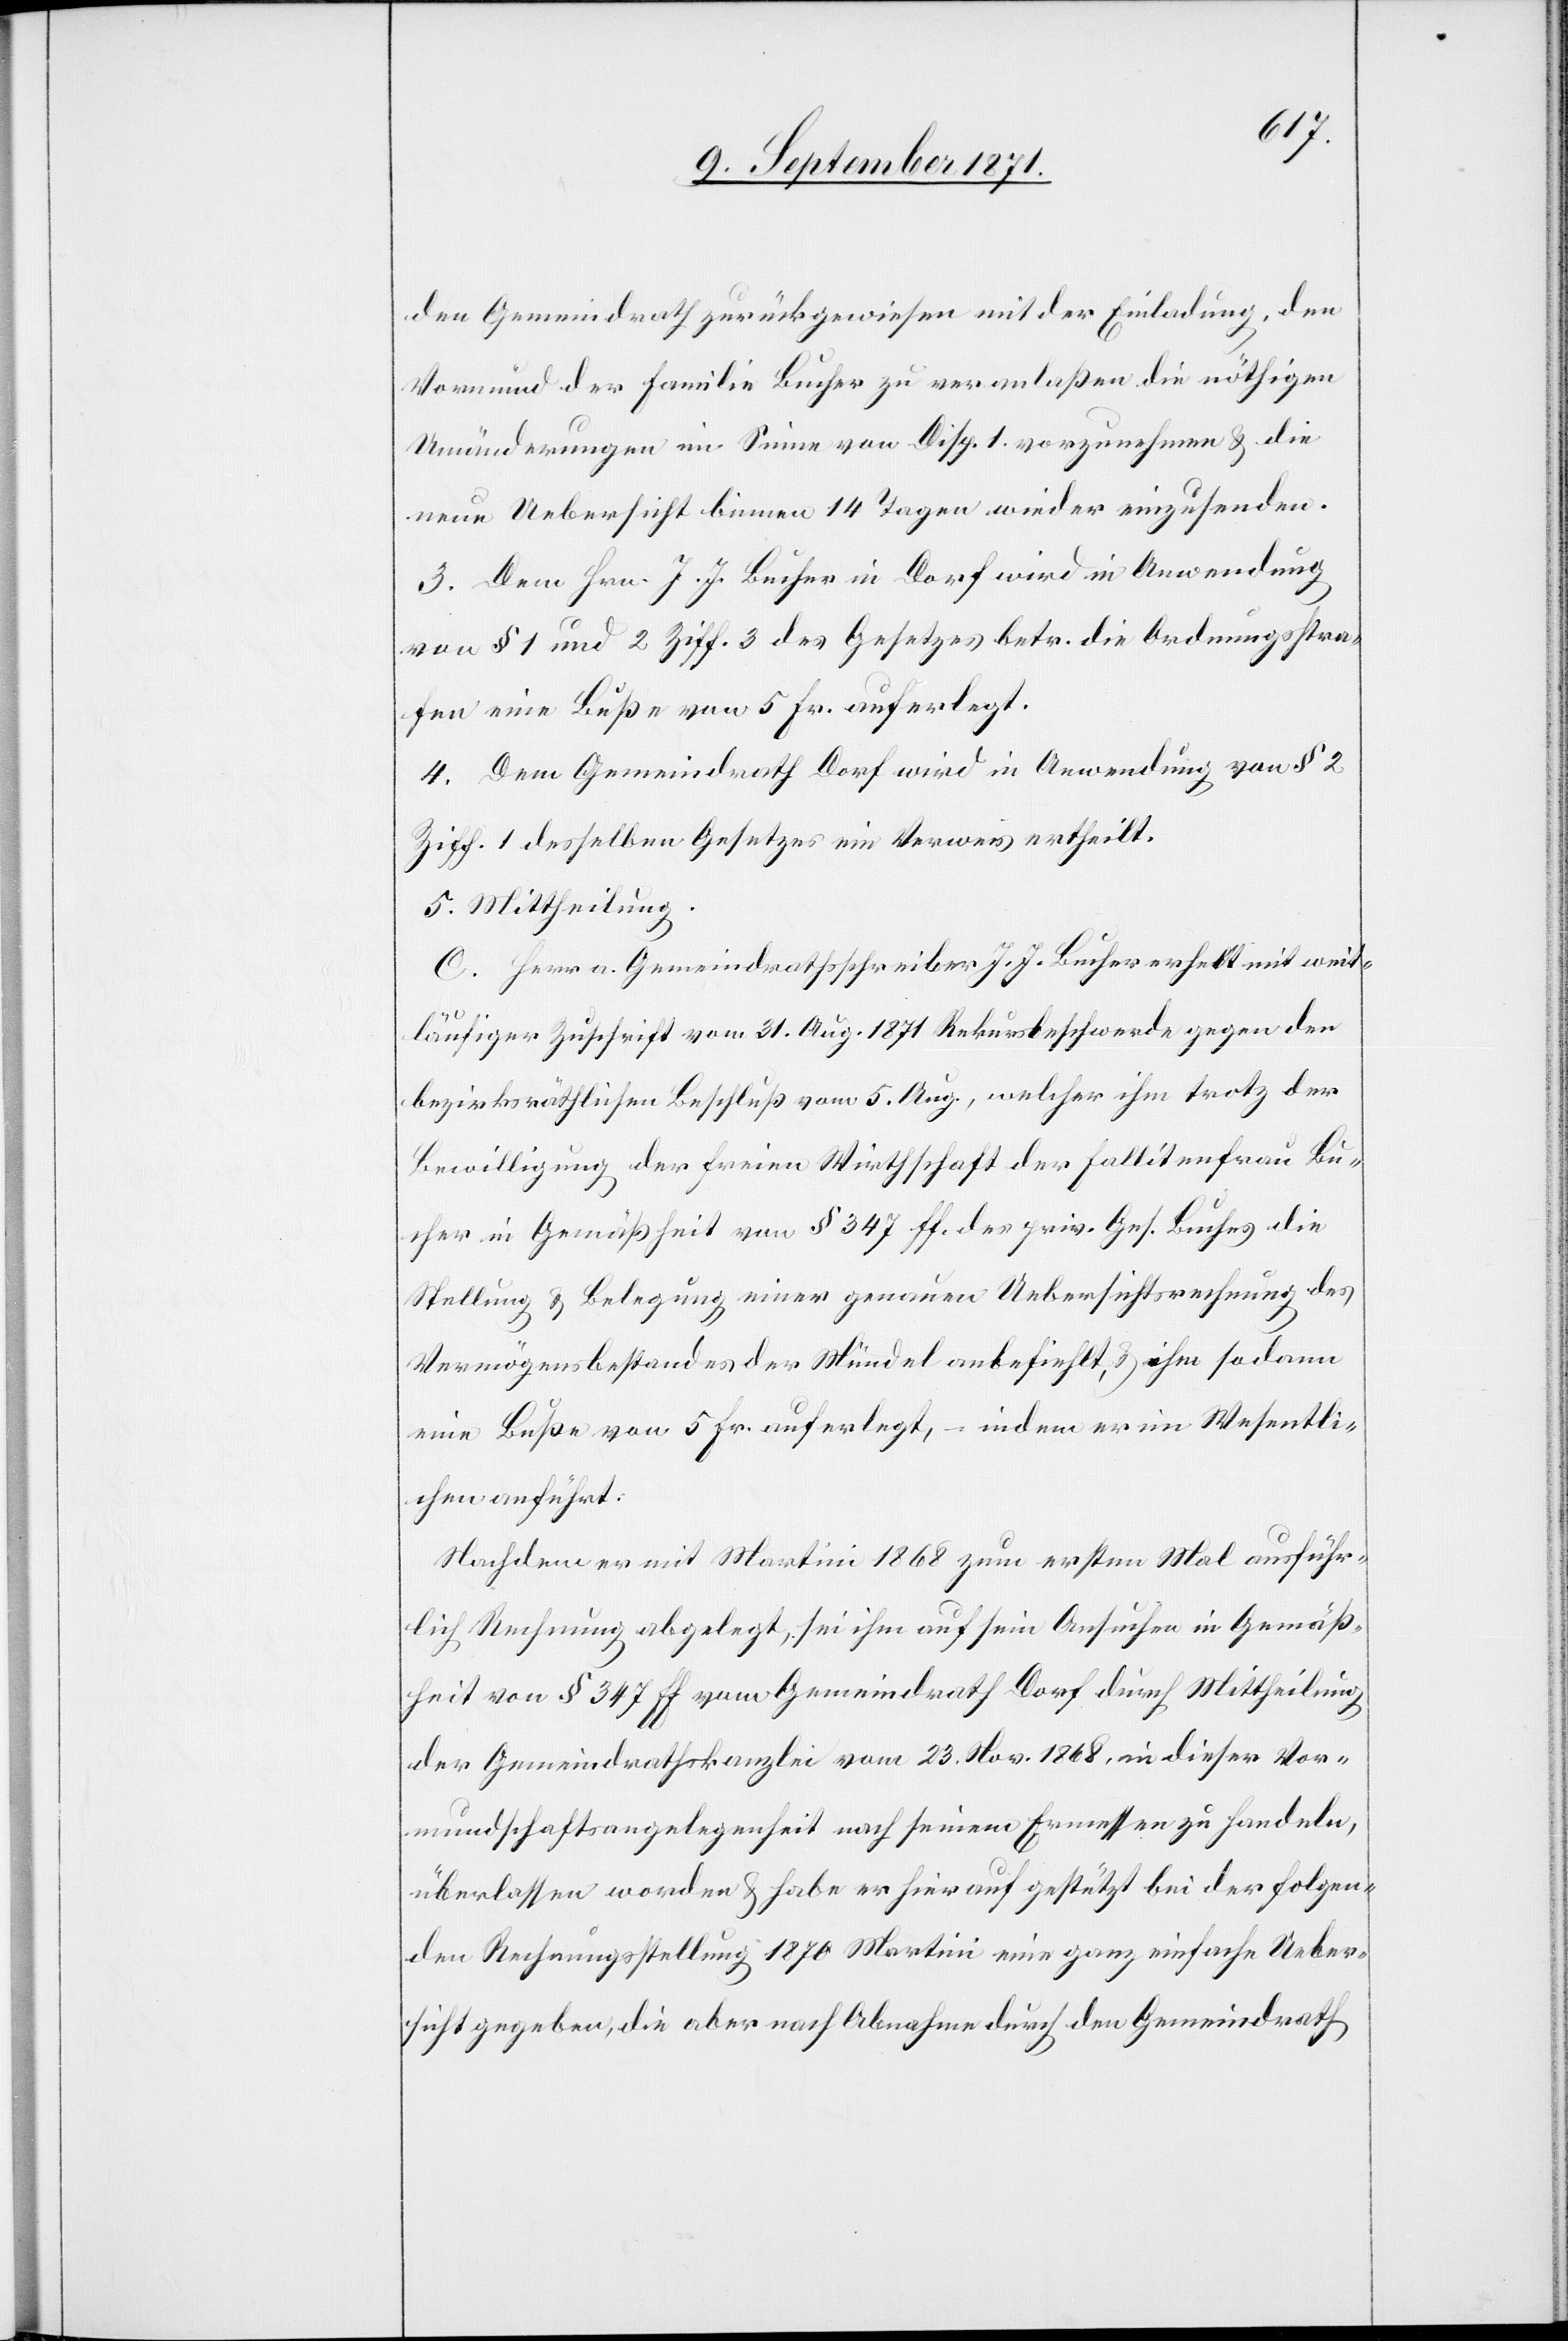
den Gemeindrath zurückgewiesen mit der Einladung, den
Vormund der Familie Bucher zu veranlaßen die nöthigen
Umänderungen im Sinne von Disp. 1 vorzunehmen & die
neue Uebersicht binnen 14 Tagen wieder einzusenden.
3. Dem Hrn. J. J. Bucher in Dorf wird in Anwendung
von § 1 und 2 Ziff. 3 des Gesetzes betr. die Ordnungsstra¬
fen eine Buße von 5 Fr. auferlegt.
4. Dem Gemeindrath Dorf wird in Anwendung von § 2
Ziff. 1 desselben Gesetzes ein Verweis ertheilt.
5. Mittheilung
C. Herr a. Gemeindrathsschreiber J. J. Bucher erhebt mit weit¬
läufiger Zuschrift vom 31. Aug. 1871 Rekursbeschwerde gegen den
bezirksräthlichen Beschluß vom 5. Aug., welcher ihm trotz der
Bewilligung der freien Wirtschaft der Fallitenfrau Bu¬
cher in Gemäßheit vom § 347 ff. des priv. Ges. Buches die
Stellung & Belegung einer genauen Uebersichtsrechnung des
Vermögensbestandes der Mündel anbefiehlt, & ihm sodann
nun Buße von 5 Fr. auferlegt, indem er im Mehrheitli¬
chen anführt.
Nachdem mit Martini 1868 zum ersten Mal ausführ¬
lich Rechnung abgelegt, sei ihm auf sein Ansuchen in Gemäß¬
heit vom § 347 ff vom Gemeindrath Dorf durch Mittheilung
der Gemeindrathskanzlei vom 23. Nov. 1868, in dieser Vor¬
mundschaftsangelegenheit nach seinem Ermessen zu handeln,
überlassen worden & habe er hierauf gestützt bei der folgen¬
den Rechnungsstellung 1870 Martini eine ganz einfache Ueber¬
sicht gegeben, die aber nach Abnahme durch den Gemeindrath